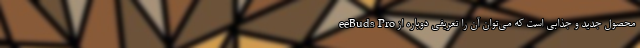
eeBuds Pro محصول جدید و جذابی است که می‌توان آن را تعریفی دوباره از